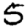
Digit: 5